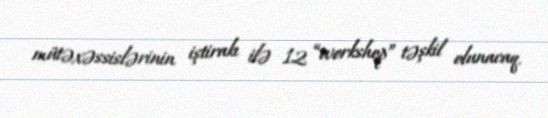
mütəxəssislərinin iştirakı ilə 12 “workshop” təşkil olunacaq.